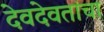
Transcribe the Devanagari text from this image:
देवदेवतांचा